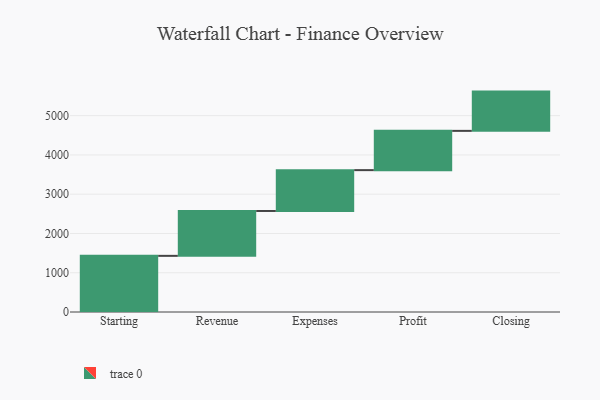
{"axis": {"x": "Step", "y": "Value"}, "legend": [""], "data": [{"x": "Starting", "y": 1430.0, "type": ""}, {"x": "Revenue", "y": 1143.0, "type": ""}, {"x": "Expenses", "y": 1040.0, "type": ""}, {"x": "Profit", "y": 1000, "type": ""}, {"x": "Closing", "y": 1000, "type": ""}]}